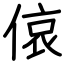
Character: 偯